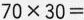
$$7 0 \times 3 0 =$$